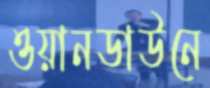
ওয়ানডাউনে